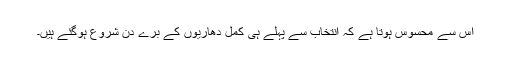
اس سے محسوس ہوتا ہے کہ انتخاب سے پہلے ہی کمل دھاریوں کے برے دن شروع ہوگئے ہیں۔